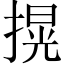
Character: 㨪